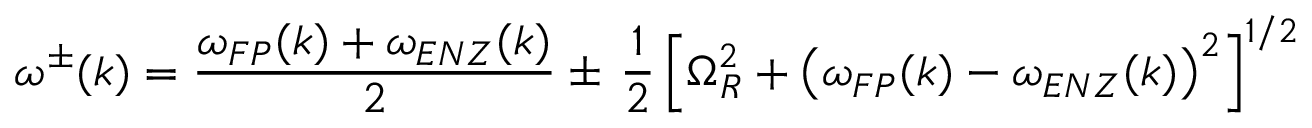
\omega ^ { \pm } ( k ) = \frac { \omega _ { F P } ( k ) + \omega _ { E N Z } ( k ) } { 2 } \pm \, \frac { 1 } { 2 } \left[ \Omega _ { R } ^ { 2 } + \left( \omega _ { F P } ( k ) - \omega _ { E N Z } ( k ) \right) ^ { 2 } \right] ^ { 1 / 2 }